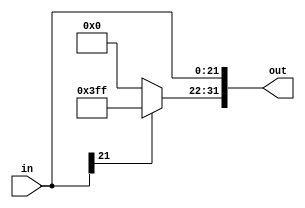
module SignExtend(in, out);
input [21:0] in;
output reg [31:0] out;

always @(in) begin
	if (in[21] == 0) begin
		out[31:22] = 10'b0000000000;
	end else begin
		out[31:22] = 10'b1111111111;
	end
	out[21:0] = in;
end
initial begin 
    out = 0;
end
endmodule